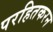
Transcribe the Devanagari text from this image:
परहितकरन